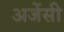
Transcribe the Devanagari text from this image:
अजेंसी